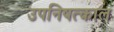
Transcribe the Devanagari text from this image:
उपनिषत्काल